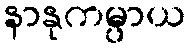
နာနုကမ္ပာယ